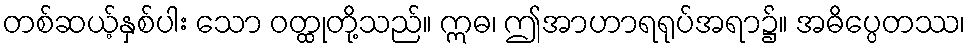
တစ်ဆယ့်နှစ်ပါး သော ဝတ္ထုတို့သည်။ ဣဓ၊ ဤအာဟာရရုပ်အရာ၌။ အဓိပ္ပေတဿ၊